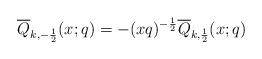
LaTeX: \begin{align*}\overline{Q}_{k,-\frac{1}{2}}(x;q)=-(xq)^{-\frac{1}{2}}\overline{Q}_{k,\frac{1}{2}}(x;q)\end{align*}